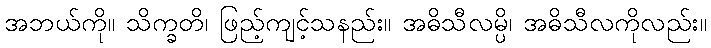
အဘယ်ကို။ သိက္ခတိ၊ ဖြည့်ကျင့်သနည်း။ အဓိသီလမ္ပိ၊ အဓိသီလကိုလည်း။